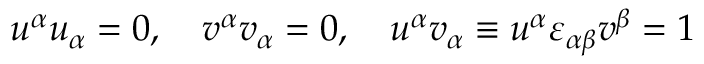
u ^ { \alpha } u _ { \alpha } = 0 , \quad v ^ { \alpha } v _ { \alpha } = 0 , \quad u ^ { \alpha } v _ { \alpha } \equiv u ^ { \alpha } \varepsilon _ { \alpha \beta } v ^ { \beta } = 1